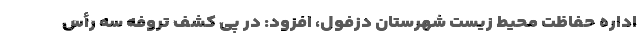
اداره حفاظت محیط زیست شهرستان دزفول، افزود: در پی کشف تروفه سه رأس